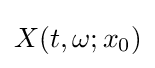
X(t,\omega ;x_{0})